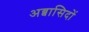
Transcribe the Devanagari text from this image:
अब्बासिदों